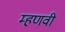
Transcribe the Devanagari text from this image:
म्हणवी